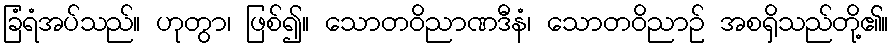
ခြံရံအပ်သည်။ ဟုတွာ၊ ဖြစ်၍။ သောတဝိညာဏဒီနံ၊ သောတဝိညာဉ် အစရှိသည်တို့၏။